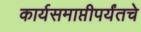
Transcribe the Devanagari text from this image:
कार्यसमाप्तीपर्यंतचे